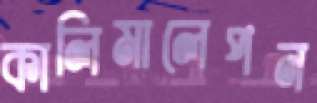
কালিমালেপন